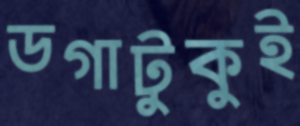
ডগাটুকুই